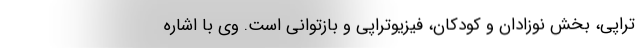
تراپی، بخش نوزادان و کودکان، فیزیوتراپی و بازتوانی است. وی با اشاره